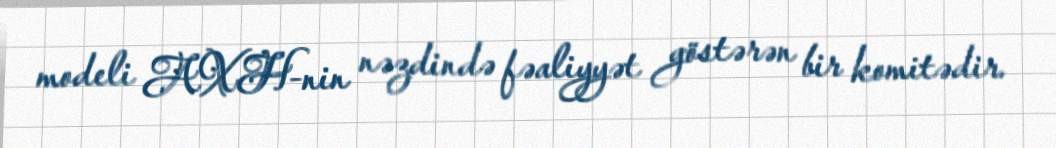
modeli AXH-nin nəzdində fəaliyyət göstərən bir komitədir.